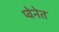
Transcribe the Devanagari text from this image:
प्वेनेत